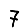
Digit: 7